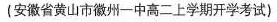
(安做省黄山市州一中高二上学期于学考试)